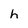
Character: h